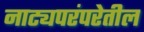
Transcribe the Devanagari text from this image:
नाट्यपरंपरेतील